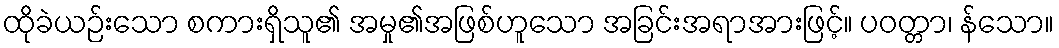
ထိုခဲယဉ်းသော စကားရှိသူ၏ အမှု၏အဖြစ်ဟူသော အခြင်းအရာအားဖြင့်။ ပဝတ္တာ၊ န်သော။